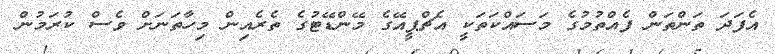
އެފަދަ ތަންތަން ފެއްތުމުގެ މަސައްކަތަކީ އެޗްޕީއޭގެ މޭންޑޭޓުގެ ތެރެއިން މިހާތަނަށް ވެސް ކުރަމުން